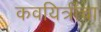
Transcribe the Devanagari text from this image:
कवयित्रींचा